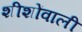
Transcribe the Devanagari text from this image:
शीशोंवाली